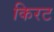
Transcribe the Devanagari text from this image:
किरट